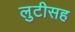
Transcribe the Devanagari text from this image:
लुटीसह